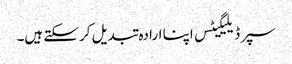
سپر ڈیلیگیٹس اپنا ارادہ تبدیل کر سکتے ہیں۔